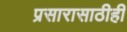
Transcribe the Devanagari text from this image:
प्रसारासाठीही